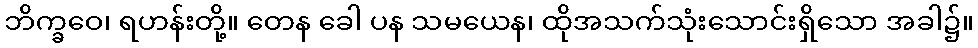
ဘိက္ခဝေ၊ ရဟန်းတို့။ တေန ခေါ ပန သမယေန၊ ထိုအသက်သုံးသောင်းရှိသော အခါ၌။